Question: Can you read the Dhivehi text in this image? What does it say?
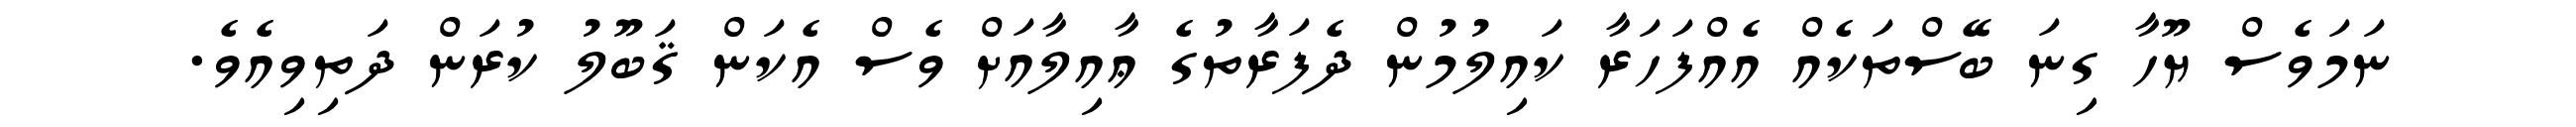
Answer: ނަމަވެސް ޔޫހާ ގިނަ ބޭސްތަކެއް އެއްފަހަރާ ކައިލުމުން ދެފަރާތުގެ ޢާއިލާއަށް ވެސް އެކަން ޤަބޫލު ކުރަން ދަތިވިއެވެ.